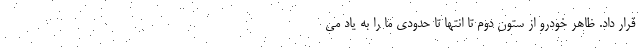
قرار داد. ظاهر خودرو از ستون دوم تا انتها تا حدودی ما را به یاد می